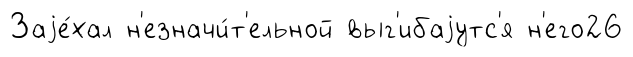
Заjе́хал н'езначи́т'ельной выг'ибаjутс'я н'его26